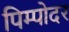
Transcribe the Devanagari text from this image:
पिम्पोदर